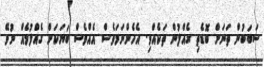
ސަބަބުން ތަނަށް ބޮޑެތި ގެއްލުން ތަކެއްވި. އެހެންނަމަވެސް އެއްވެސް ބަޔަކަށް ގެއްލުމެއް ނުވޭ